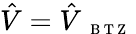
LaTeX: \hat{V}=\hat{V}_{\mathrm{~{~\scriptsize~B~T~Z~}~}}